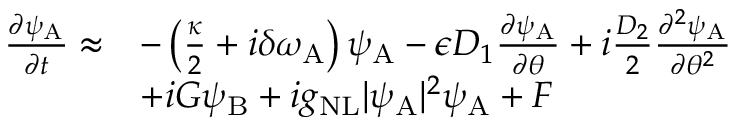
\begin{array} { r l } { \frac { \partial \psi _ { \mathrm { A } } } { \partial t } \approx } & { - \left( \frac { \kappa } { 2 } + i \delta \omega _ { \mathrm { A } } \right) \psi _ { \mathrm { A } } - \epsilon D _ { 1 } \frac { \partial \psi _ { \mathrm { A } } } { \partial \theta } + i \frac { D _ { 2 } } { 2 } \frac { \partial ^ { 2 } \psi _ { \mathrm { A } } } { \partial \theta ^ { 2 } } } \\ & { + i G \psi _ { \mathrm { B } } + i g _ { \mathrm { N L } } \vert \psi _ { \mathrm { A } } \vert ^ { 2 } \psi _ { \mathrm { A } } + F } \end{array}